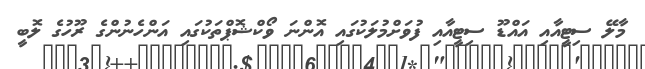
މާލޭ ސިޓީއާއި އައްޑޫ ސިޓީއާއި ފުވަށްމުލަކުގައި އޮންނަ ވޯކްޝޮޕްތަކުގައި އަންހެނުންގެ ރޫހުގެ ލޮބީ